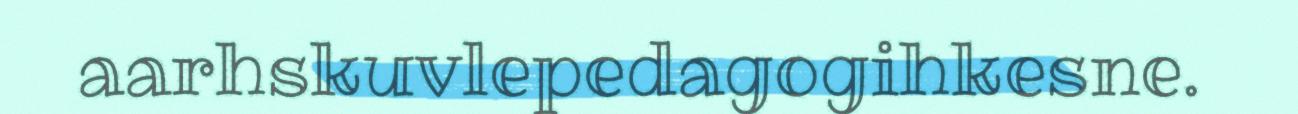
aarhskuvlepedagogihkesne.